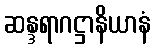
ဆန္ဒရာဂဋ္ဌာနိယာနံ